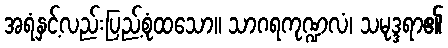
အရံနှင့်လည်းပြည့်စုံထသော။ သာဂရကုဏ္ဍလံ၊ သမုဒ္ဒရာ၏